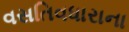
વસતિવધારાના